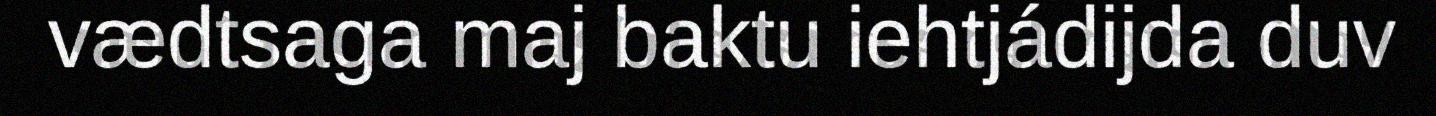
vædtsaga maj baktu iehtjádijda duv